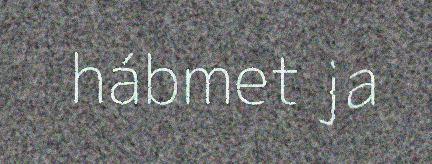
hábmet ja